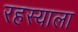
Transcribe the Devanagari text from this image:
रहस्याला